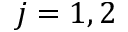
j = 1 , 2